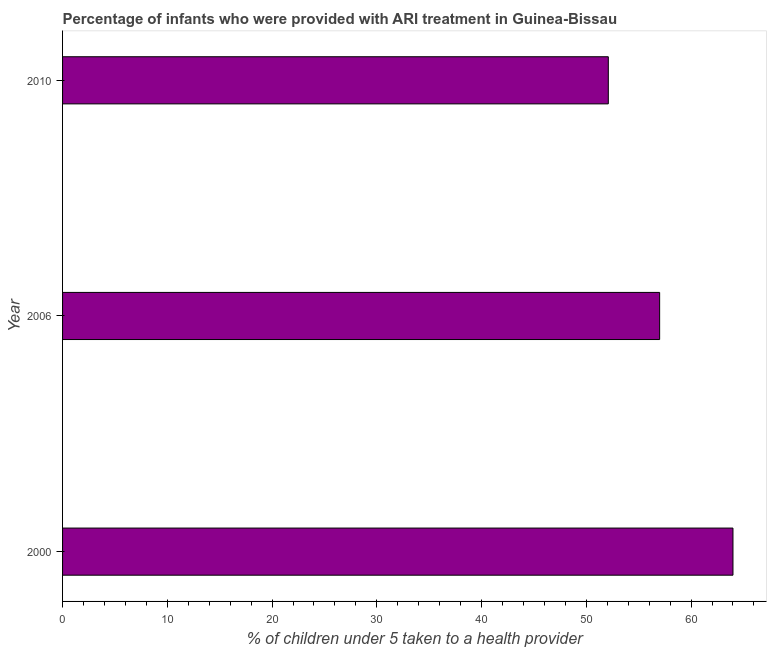
| Year | ARI treatment |
 | --- | --- |
 | 2000 | 64 |
 | 2006 | 57 |
 | 2010 | 52.1 |